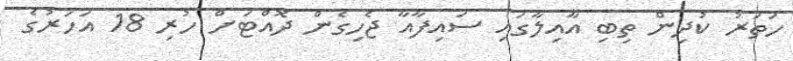
ހަތަރު ކުދިން ތިބި އާއިލާގައި ސައިފާއާ ޖެހިގެން ދޮއްޓަށް ހުރި 18 އަހަރުގެ